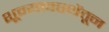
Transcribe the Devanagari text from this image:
शून्यावस्थेंतून